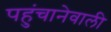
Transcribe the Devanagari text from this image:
पहुंचानेवाली